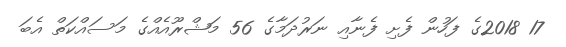
17 2018ގެ ފަހުން ފެށި ފެނާއި ނަރުދަމާގެ 56 މަޝްރޫއެއްގެ މަސައްކަތް އެބަ